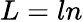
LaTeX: L=ln